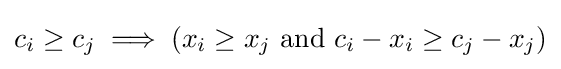
c_{i}\geq c_{j}\implies (x_{i}\geq x_{j}{\text{ and }}c_{i}-x_{i}\geq c_{j}-x_{j})